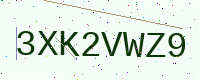
Text: 3XK2VWZ9